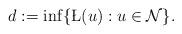
LaTeX: \begin{align*}d:=\inf\{\L(u):u\in\mathcal{N}\}.\end{align*}